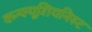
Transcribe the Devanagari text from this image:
कन्फ्यूशियनिस्ट